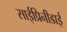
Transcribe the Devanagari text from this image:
साईप्रिनीडाई